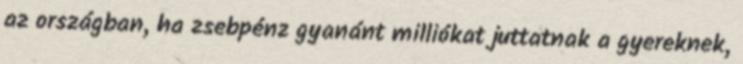
az országban, ha zsebpénz gyanánt milliókat juttatnak a gyereknek,